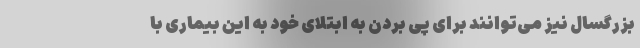
بزرگسال نیز می‌توانند برای پی بردن به ابتلای خود به این بیماری با